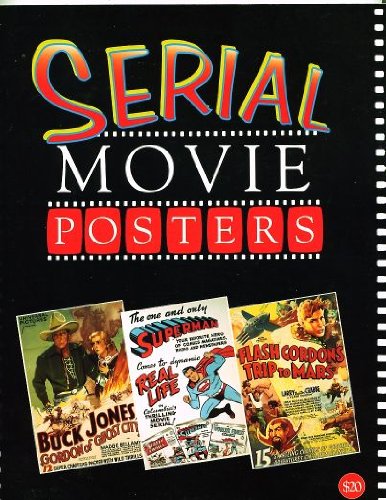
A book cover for Serial Movie Posters (Vintage Movie Posters); Bruce Hershenson; Crafts, Hobbies & Home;